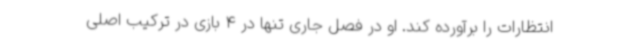
انتظارات را برآورده کند. او در فصل جاری تنها در 4 بازی در ترکیب اصلی